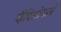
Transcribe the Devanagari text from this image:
व्हैदिसोवाने